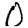
Digit: 0